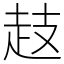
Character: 䞚